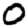
Digit: 0